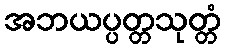
အဘယပ္ပတ္တသုတ္တံ